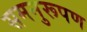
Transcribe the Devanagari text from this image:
समनुरूपण